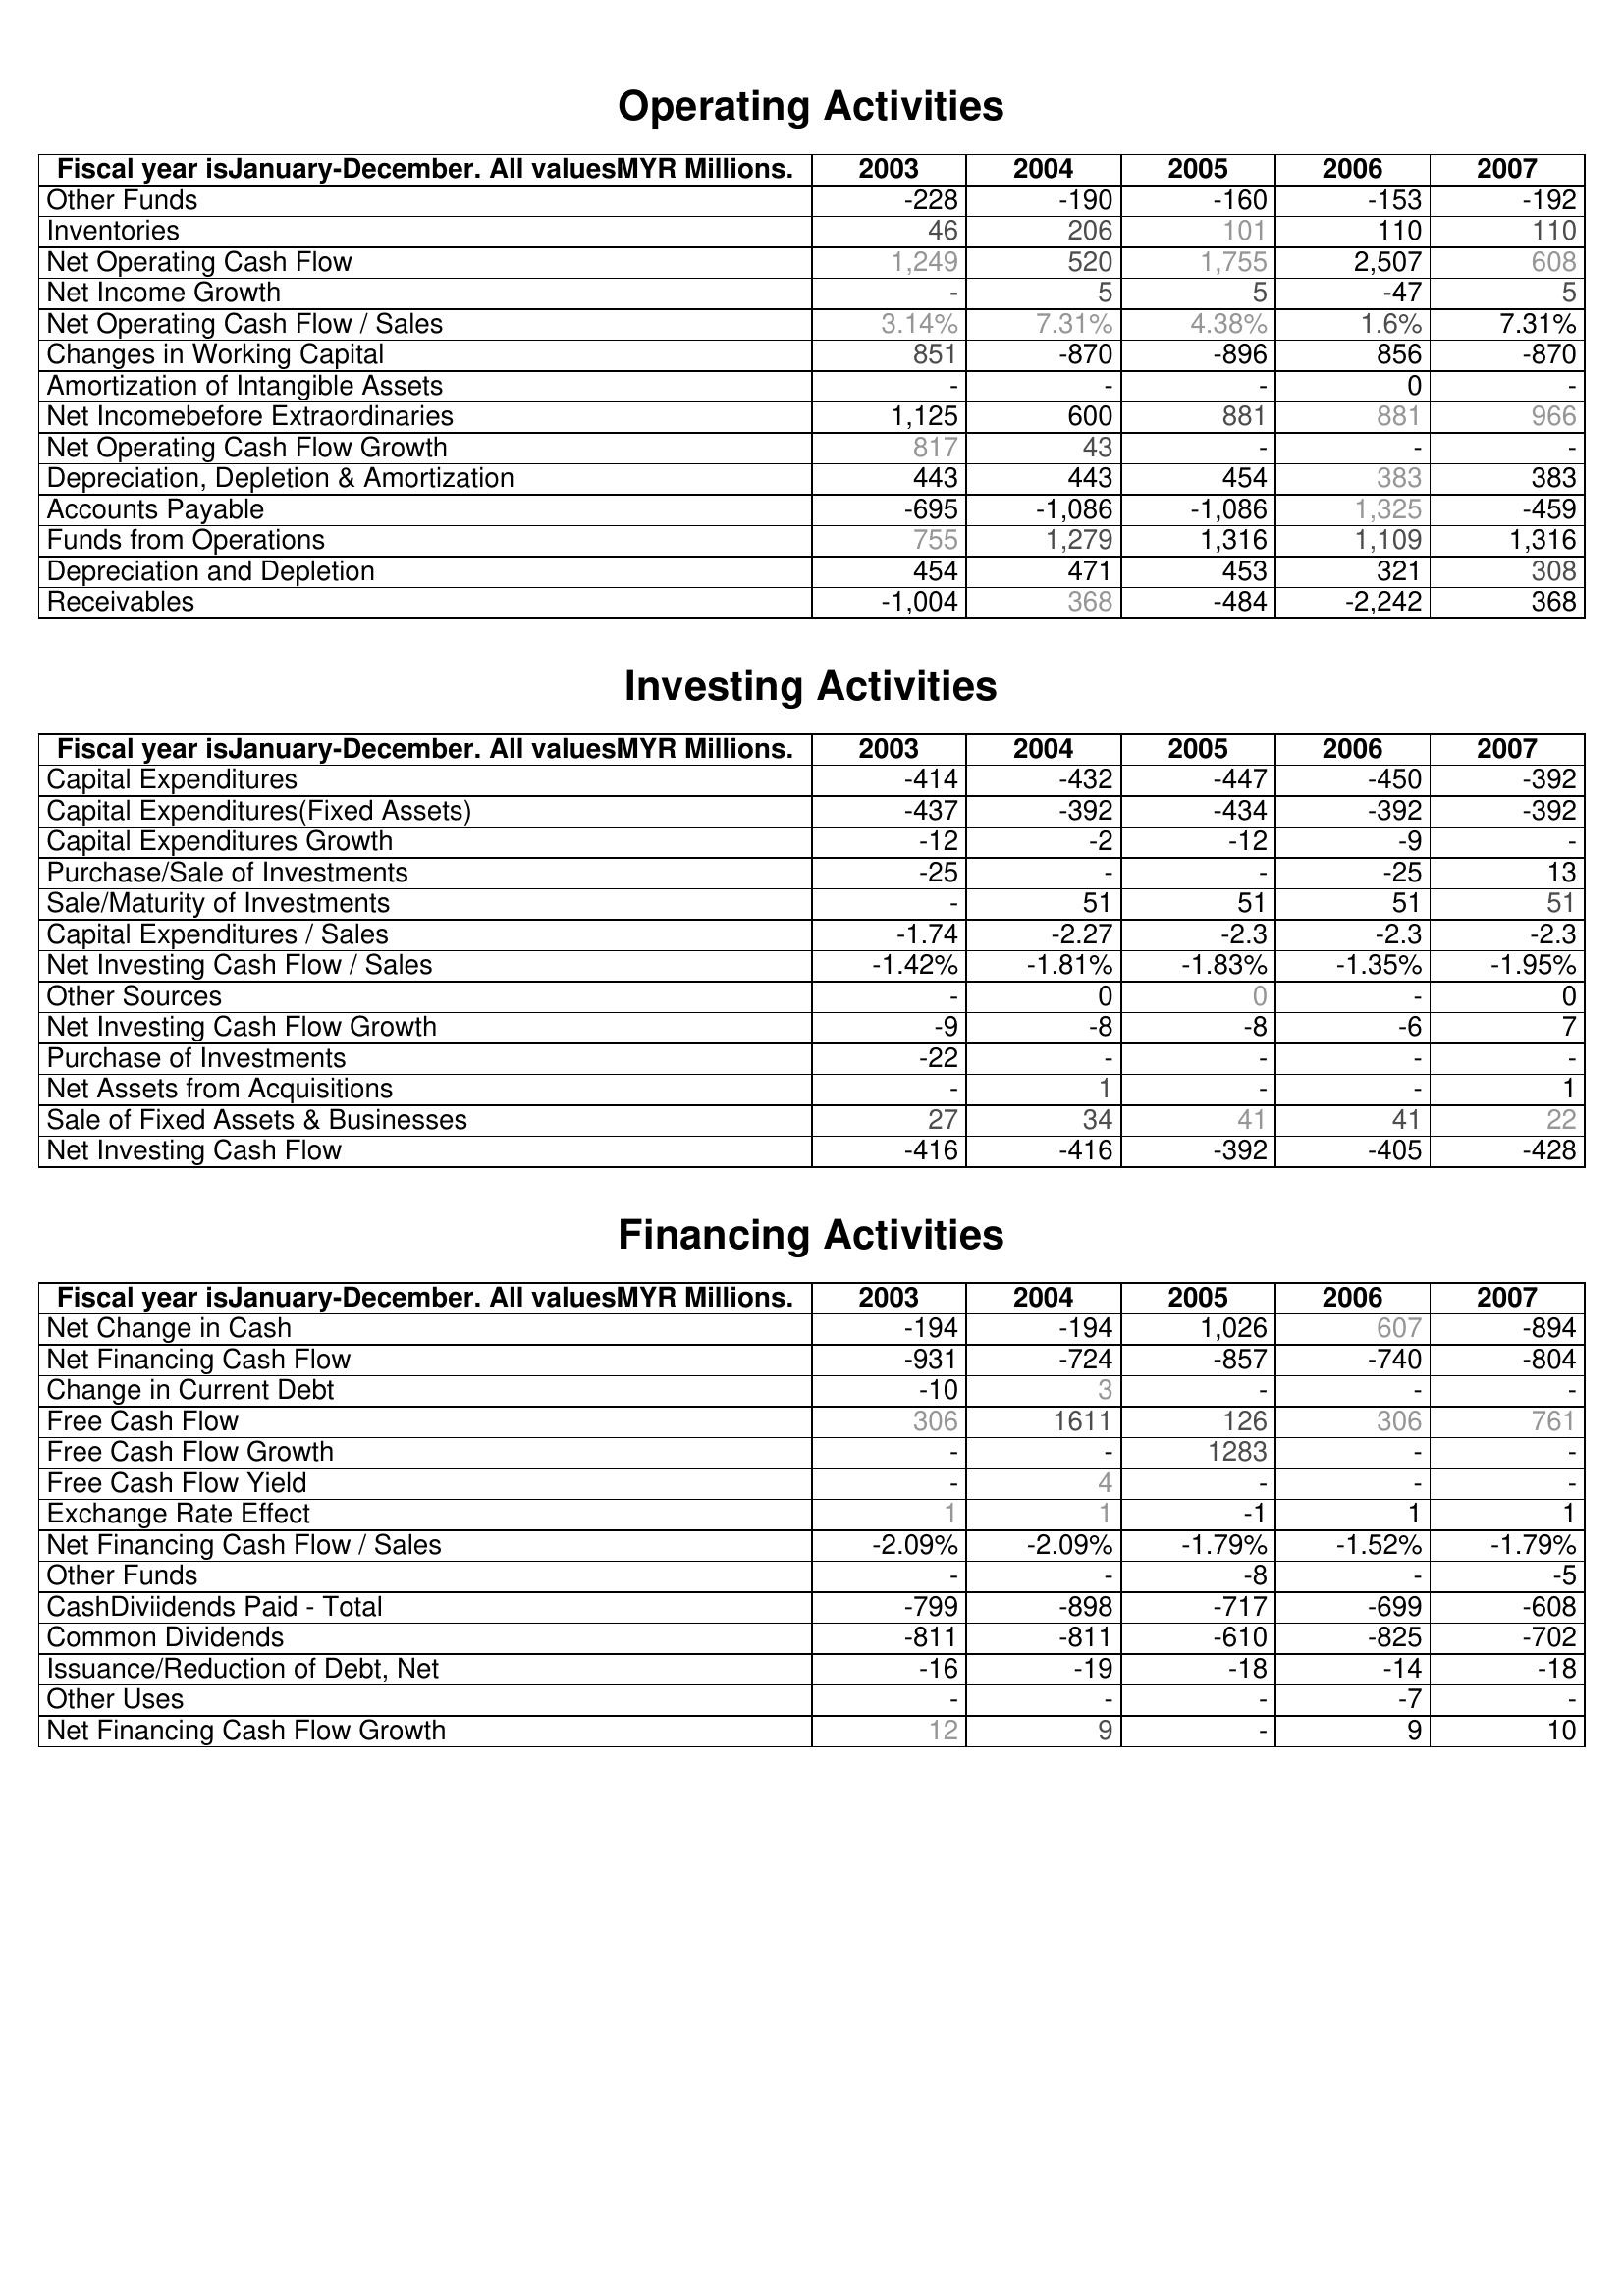
2003: Operating Activities: Other Funds: -228
Inventories: 46
Net Operating Cash Flow: 1,249
Net Income Growth: -
Net Operating Cash Flow / Sales: 3.14%
Changes in Working Capital: 851
Amortization of Intangible Assets: -
Net Incomebefore Extraordinaries: 1,125
Net Operating Cash Flow Growth: 817
Depreciation, Depletion & Amortization: 443
Accounts Payable: -695
Funds from Operations: 755
Depreciation and Depletion: 454
Receivables: -1,004
Investing Activities: Capital Expenditures: -414
Capital Expenditures(Fixed Assets): -437
Capital Expenditures Growth: -12
Purchase/Sale of Investments: -25
Sale/Maturity of Investments: -
Capital Expenditures / Sales: -1.74
Net Investing Cash Flow / Sales: -1.42%
Other Sources: -
Net Investing Cash Flow Growth: -9
Purchase of Investments: -22
Net Assets from Acquisitions: -
Sale of Fixed Assets & Businesses: 27
Net Investing Cash Flow: -416
Financing Activities: Net Change in Cash: -194
Net Financing Cash Flow: -931
Change in Current Debt: -10
Free Cash Flow: 306
Free Cash Flow Growth: -
Free Cash Flow Yield: -
Exchange Rate Effect: 1
Net Financing Cash Flow / Sales: -2.09%
Other Funds: -
CashDiviidends Paid - Total: -799
Common Dividends: -811
Issuance/Reduction of Debt, Net: -16
Other Uses: -
Net Financing Cash Flow Growth: 12
2004: Operating Activities: Other Funds: -190
Inventories: 206
Net Operating Cash Flow: 520
Net Income Growth: 5
Net Operating Cash Flow / Sales: 7.31%
Changes in Working Capital: -870
Amortization of Intangible Assets: -
Net Incomebefore Extraordinaries: 600
Net Operating Cash Flow Growth: 43
Depreciation, Depletion & Amortization: 443
Accounts Payable: -1,086
Funds from Operations: 1,279
Depreciation and Depletion: 471
Receivables: 368
Investing Activities: Capital Expenditures: -432
Capital Expenditures(Fixed Assets): -392
Capital Expenditures Growth: -2
Purchase/Sale of Investments: -
Sale/Maturity of Investments: 51
Capital Expenditures / Sales: -2.27
Net Investing Cash Flow / Sales: -1.81%
Other Sources: 0
Net Investing Cash Flow Growth: -8
Purchase of Investments: -
Net Assets from Acquisitions: 1
Sale of Fixed Assets & Businesses: 34
Net Investing Cash Flow: -416
Financing Activities: Net Change in Cash: -194
Net Financing Cash Flow: -724
Change in Current Debt: 3
Free Cash Flow: 1611
Free Cash Flow Growth: -
Free Cash Flow Yield: 4
Exchange Rate Effect: 1
Net Financing Cash Flow / Sales: -2.09%
Other Funds: -
CashDiviidends Paid - Total: -898
Common Dividends: -811
Issuance/Reduction of Debt, Net: -19
Other Uses: -
Net Financing Cash Flow Growth: 9
2005: Operating Activities: Other Funds: -160
Inventories: 101
Net Operating Cash Flow: 1,755
Net Income Growth: 5
Net Operating Cash Flow / Sales: 4.38%
Changes in Working Capital: -896
Amortization of Intangible Assets: -
Net Incomebefore Extraordinaries: 881
Net Operating Cash Flow Growth: -
Depreciation, Depletion & Amortization: 454
Accounts Payable: -1,086
Funds from Operations: 1,316
Depreciation and Depletion: 453
Receivables: -484
Investing Activities: Capital Expenditures: -447
Capital Expenditures(Fixed Assets): -434
Capital Expenditures Growth: -12
Purchase/Sale of Investments: -
Sale/Maturity of Investments: 51
Capital Expenditures / Sales: -2.3
Net Investing Cash Flow / Sales: -1.83%
Other Sources: 0
Net Investing Cash Flow Growth: -8
Purchase of Investments: -
Net Assets from Acquisitions: -
Sale of Fixed Assets & Businesses: 41
Net Investing Cash Flow: -392
Financing Activities: Net Change in Cash: 1,026
Net Financing Cash Flow: -857
Change in Current Debt: -
Free Cash Flow: 126
Free Cash Flow Growth: 1283
Free Cash Flow Yield: -
Exchange Rate Effect: -1
Net Financing Cash Flow / Sales: -1.79%
Other Funds: -8
CashDiviidends Paid - Total: -717
Common Dividends: -610
Issuance/Reduction of Debt, Net: -18
Other Uses: -
Net Financing Cash Flow Growth: -
2006: Operating Activities: Other Funds: -153
Inventories: 110
Net Operating Cash Flow: 2,507
Net Income Growth: -47
Net Operating Cash Flow / Sales: 1.6%
Changes in Working Capital: 856
Amortization of Intangible Assets: 0
Net Incomebefore Extraordinaries: 881
Net Operating Cash Flow Growth: -
Depreciation, Depletion & Amortization: 383
Accounts Payable: 1,325
Funds from Operations: 1,109
Depreciation and Depletion: 321
Receivables: -2,242
Investing Activities: Capital Expenditures: -450
Capital Expenditures(Fixed Assets): -392
Capital Expenditures Growth: -9
Purchase/Sale of Investments: -25
Sale/Maturity of Investments: 51
Capital Expenditures / Sales: -2.3
Net Investing Cash Flow / Sales: -1.35%
Other Sources: -
Net Investing Cash Flow Growth: -6
Purchase of Investments: -
Net Assets from Acquisitions: -
Sale of Fixed Assets & Businesses: 41
Net Investing Cash Flow: -405
Financing Activities: Net Change in Cash: 607
Net Financing Cash Flow: -740
Change in Current Debt: -
Free Cash Flow: 306
Free Cash Flow Growth: -
Free Cash Flow Yield: -
Exchange Rate Effect: 1
Net Financing Cash Flow / Sales: -1.52%
Other Funds: -
CashDiviidends Paid - Total: -699
Common Dividends: -825
Issuance/Reduction of Debt, Net: -14
Other Uses: -7
Net Financing Cash Flow Growth: 9
2007: Operating Activities: Other Funds: -192
Inventories: 110
Net Operating Cash Flow: 608
Net Income Growth: 5
Net Operating Cash Flow / Sales: 7.31%
Changes in Working Capital: -870
Amortization of Intangible Assets: -
Net Incomebefore Extraordinaries: 966
Net Operating Cash Flow Growth: -
Depreciation, Depletion & Amortization: 383
Accounts Payable: -459
Funds from Operations: 1,316
Depreciation and Depletion: 308
Receivables: 368
Investing Activities: Capital Expenditures: -392
Capital Expenditures(Fixed Assets): -392
Capital Expenditures Growth: -
Purchase/Sale of Investments: 13
Sale/Maturity of Investments: 51
Capital Expenditures / Sales: -2.3
Net Investing Cash Flow / Sales: -1.95%
Other Sources: 0
Net Investing Cash Flow Growth: 7
Purchase of Investments: -
Net Assets from Acquisitions: 1
Sale of Fixed Assets & Businesses: 22
Net Investing Cash Flow: -428
Financing Activities: Net Change in Cash: -894
Net Financing Cash Flow: -804
Change in Current Debt: -
Free Cash Flow: 761
Free Cash Flow Growth: -
Free Cash Flow Yield: -
Exchange Rate Effect: 1
Net Financing Cash Flow / Sales: -1.79%
Other Funds: -5
CashDiviidends Paid - Total: -608
Common Dividends: -702
Issuance/Reduction of Debt, Net: -18
Other Uses: -
Net Financing Cash Flow Growth: 10